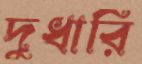
দুধারি